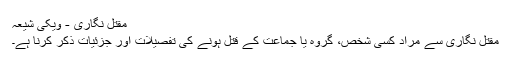
مقتل نگاری - ویکی شیعہ
مقتل نگاری سے مراد کسی شخص، گروہ یا جماعت کے قتل ہونے کی تفصیلات اور جزئیات ذکر کرنا ہے۔